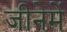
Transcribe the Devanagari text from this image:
जीनेमें